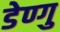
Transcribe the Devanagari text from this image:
डेण्गु